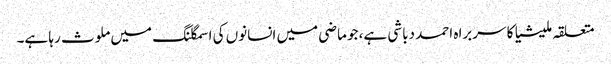
متعلقہ ملیشیا کا سربراہ احمد دباشی ہے، جو ماضی میں انسانوں کی اسمگلنگ میں ملوث رہا ہے۔